Medical and sanitary report of the native army of Madras for the year
Year: 1876
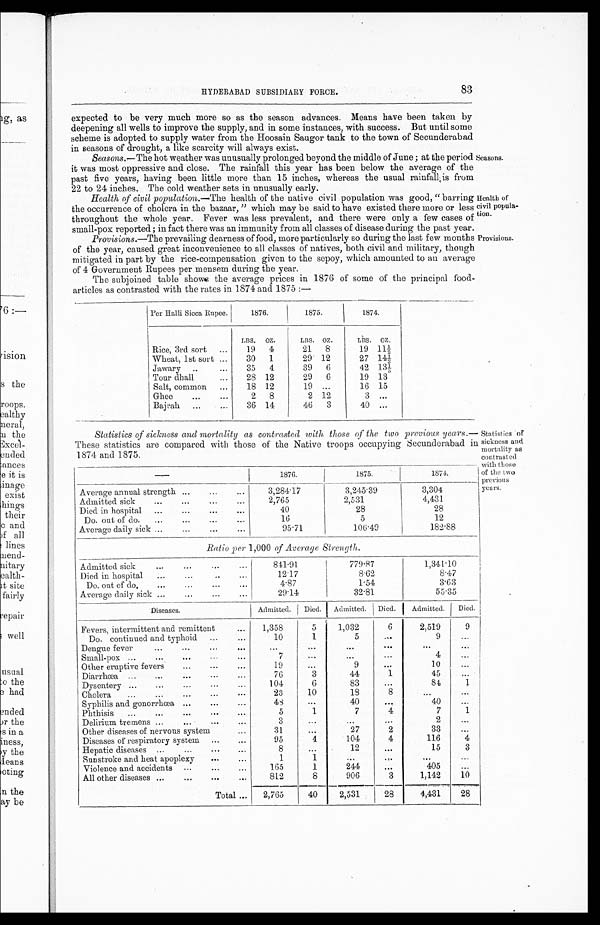
Health of
civil popula-
tion.
Provisions.
HYDERABAD SUBSIDIARY FORCE.
83
expected to be very much more so as the season advances. Means have been taken by
deepening all wells to improve the supply, and in some instances, with success. But until some
scheme is adopted to supply water from the Hoosain Saugor tank to the town of Secunderabad
in seasons of drought, a like scarcity will always exist.
Seasons.—The hot weather was unusually prolonged beyond the middle of June ; at the period
it was most oppressive and close. The rainfall this year has been below the average of the
past five years, having been little more than 15 inches, whereas the usual rainfall is from
22 to 24 inches. The cold weather sets in unusually early.
Seasons.
Health of civil population.—The health of the native civil population was good, "barring
the occurrence of cholera in the bazaar, " which may be said to have existed there more or less
throughout the whole year. Fever was less prevalent, and there were only a few cases of
s mal l - pox r epor t ed ; i n f act t her e was an i mmuni t y f r om al l cl as s es of di s eas e dur i n g t h e p a s t y e a r .
Provisions.—The prevailing dearness of food, more particularly so during the last few months
of the year, caused great inconvenience to all classes of natives, both civil and military, though
mitigated in part by the rice-compensation given to the sepoy, which amounted to an average
of 4 Government Rupees per mensem during the year.
The subjoined table shows the average prices in 1876 of some of the principal food-
articles as contrasted with the rates in 1874 and 1875 :—
Per Halli Sicca Rupee.
1876.
1875.
1874.
LBS.
OZ.
LBS.
OZ.
LBS .
OZ.
Rice, 3rd sort
...
19
4
21
8
19 11½
Wheat, 1st sort ...
30
1
29 12
27 14⅓
Jawary ..
...
35
4
39
6
42 13⅓
Tour dhall
...
28 12
29
6
19 13
Salt, common
...
18 12
19 ...
16 15
Ghee
...
...
2
8
2 12
3 ...
Bajrah
...
...
36 14
46
3
40 ...
Statistics of sickness and mortality as contrasted with those of the two previous years.—
These statistics are compared with those of the Native troops occupying Secunderabad in
1874 and 1875.
1876.
1875.
1874.
Average annual strength ...
...
. . .
3,284.17
3,245.39
3,304
Admitted sick
...
...
...
...
2,765
2,531
4,431
Died in hospital
...
...
...
...
40
28
2 8
Do. out of do.
...
...
...
.
16
5
12
Average daily sick ...
...
...
...
9 5 . 7 1
106.49
182.88
Ratio per 1,000 of Average Strength.
Admitted sick
841.91
779.87
1,341.10
Died in hospital
...
...
..
...
12.17
8.62
8.47
Do. out of do.
...
...
...
...
4.87
1.54
3.63
Average daily sick ...
...
...
...
29.14
32.81
55.35
Diseases.
Admitted.
Died.
Admitted.
Died.
Admitted.
Died.
Fevers, intermittent and remittent
...
1,358
5
1,032
6
2,519
9
Do. continued and typhoid
...
. . .
1 0
1
5
. . .
9
...
Dengue fever
...
...
"'
...
. . .
...
. . .
. . . ...
Small-pox ...
...
...
...
7
...
...
...
4
...
Other eruptive fevers
...
...
...
1 9
...
9
. . .
10
...
Diarrhœa ...
...
...
...
...
76
3
44
1
45
...
Dysentery ...
...
...
...
...
104
6
83
...
84
1
Cholera
...
...
...
...
...
23
10
18
8
...
...
Syphilis and gonorrhœa ...
...
4 8
. . .
40
. . .
40
...
Phthisis
...
...
...
...
...
5
1
7
4
7
1
Delirium tremens ...
... ...
...
3
...
...
...
2
. ..
Other diseases of nervous system
...
3 1
...
27
2
33
...
Diseases of respiratory system
...
...
95
4
104
4
116
4
Hepatic diseases
...
...
... ...'
8
...
12
. . .
15
3
Sun stroke and heat apoplexy
...
...
1
1
...
. . .
...
...
Violence and accidents
...
...
...
165
1
244
. . .
405
...
All other diseases ...
... ...
812
8
906
3
1,142
10
Total ...
2,765
40
2,531
28
4,431
28
Statistics of
sickness and
mortality as
contrasted
with
those
of the two
previous
years.